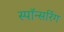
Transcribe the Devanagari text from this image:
स्पॉन्सरिंग